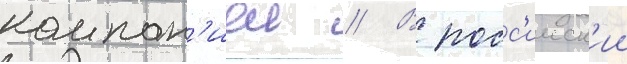
компан'иеи // В росс'ииск'ии